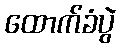
ထောက်ခံပွဲ